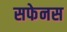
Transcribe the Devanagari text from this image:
सफेनस